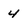
Character: 4